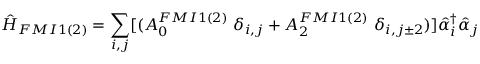
\hat { H } _ { F M I 1 ( 2 ) } = \sum _ { i , j } [ ( A _ { 0 } ^ { F M I 1 ( 2 ) } \ { \delta } _ { i , j } + A _ { 2 } ^ { F M I 1 ( 2 ) } \ { \delta } _ { i , j \pm 2 } ) ] \hat { \alpha } _ { i } ^ { { \dagger } } \hat { \alpha } _ { j }